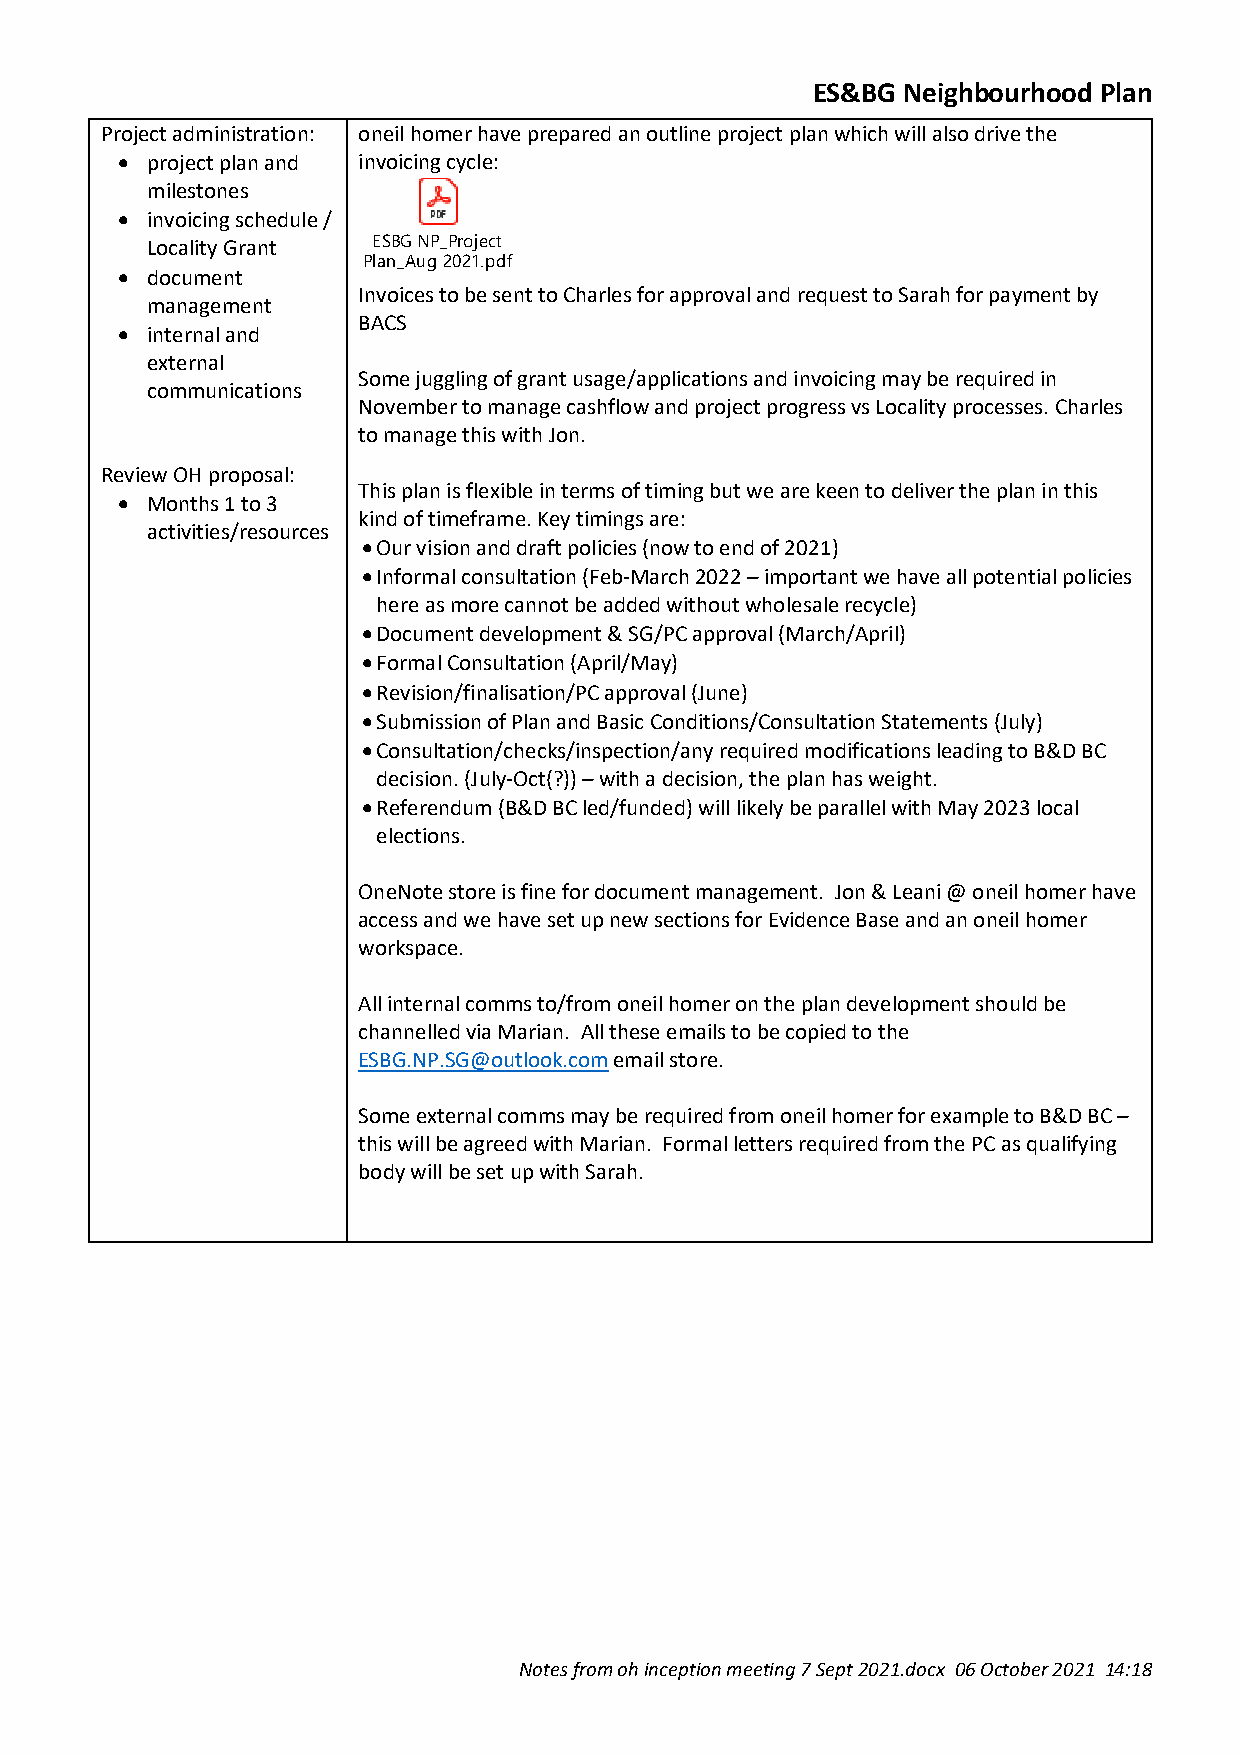
ES&BG Neighbourhood Plan
 Project administration: oneil homer have prepared an outline project plan which will also drive the
 • project plan and invoicing cycle:
 milestones
 • invoicing schedule /
 Locality Grant ESBG NP_Project
 Plan_Aug 2021.pdf
 • document
 Invoices to be sent to Charles for approval and request to Sarah for payment by
 management
 BACS
 • internal and
 external
 Some juggling of grant usage/applications and invoicing may be required in
 communications
 November to manage cashflow and project progress vs Locality processes. Charles
 to manage this with Jon.
 Review OH proposal:
 This plan is flexible in terms of timing but we are keen to deliver the plan in this
 • Months 1 to 3
 kind of timeframe. Key timings are:
 activities/resources
 • Our vision and draft policies (now to end of 2021)
 • Informal consultation (Feb-March 2022 – important we have all potential policies
 here as more cannot be added without wholesale recycle)
 • Document development & SG/PC approval (March/April)
 • Formal Consultation (April/May)
 • Revision/finalisation/PC approval (June)
 • Submission of Plan and Basic Conditions/Consultation Statements (July)
 • Consultation/checks/inspection/any required modifications leading to B&D BC
 decision. (July-Oct(?)) – with a decision, the plan has weight.
 • Referendum (B&D BC led/funded) will likely be parallel with May 2023 local
 elections.
 OneNote store is fine for document management. Jon & Leani @ oneil homer have
 access and we have set up new sections for Evidence Base and an oneil homer
 workspace.
 All internal comms to/from oneil homer on the plan development should be
 channelled via Marian. All these emails to be copied to the
 ESBG.NP.SG@outlook.com email store.
 Some external comms may be required from oneil homer for example to B&D BC –
 this will be agreed with Marian. Formal letters required from the PC as qualifying
 body will be set up with Sarah.
 Notes from oh inception meeting 7 Sept 2021.docx 06 October 2021 14:18